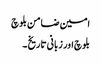
امین ضامن بلوچ
بلوچ اور زبانی تاریخ ۔